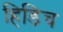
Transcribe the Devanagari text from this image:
हिडिच